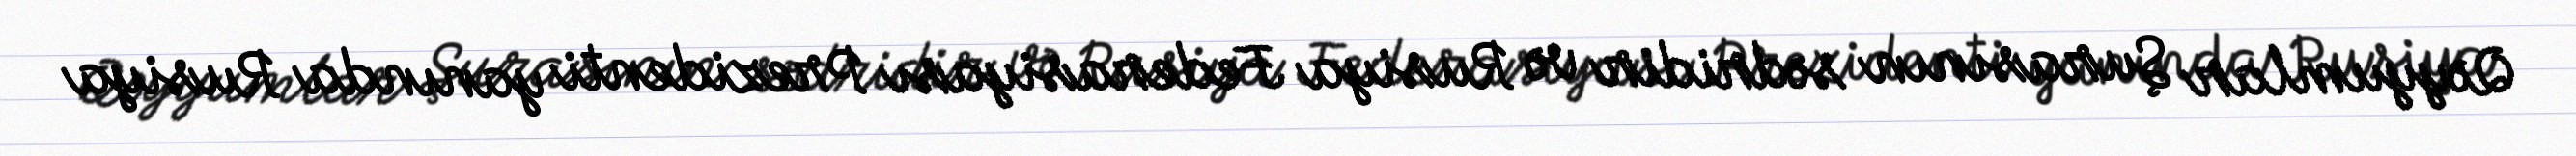
Qəyyumlar Şurasının sədridir və Rusiya Federasiyası Prezidenti yanında Rusiya